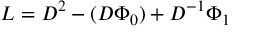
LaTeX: L = D ^ { 2 } - ( D \Phi _ { 0 } ) + D ^ { - 1 } \Phi _ { 1 }